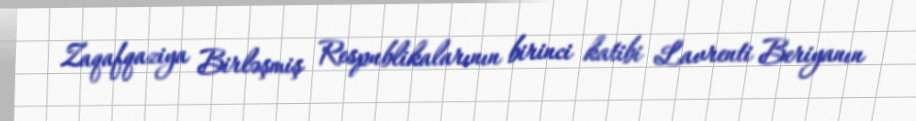
Zaqafqaziya Birləşmiş Respublikalarının birinci katibi Lavrenti Beriyanın